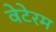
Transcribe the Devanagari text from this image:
वेटेरम